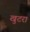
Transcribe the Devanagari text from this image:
खुटरा